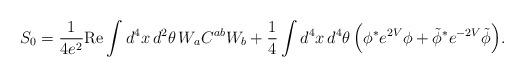
LaTeX: \begin{align*}S_0 = \frac{1}{4 e^2} \mbox{Re}\int d^4x\,d^2\theta\,W_a C^{ab} W_b+ \frac{1}{4}\int d^4x\, d^4\theta\,\Big(\phi^* e^{2V}\phi +\tilde\phi^*e^{-2V}\tilde\phi\Big).\end{align*}